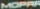
MOPRA